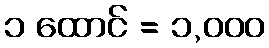
၁ ထောင် = ၁,၀၀၀